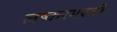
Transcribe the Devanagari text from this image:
लष्करभऱती